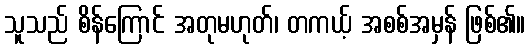
သူသည် စိန်ကြောင် အတုမဟုတ်၊ တကယ့် အစစ်အမှန် ဖြစ်၏။